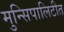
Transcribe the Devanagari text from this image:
मुन्सिपालिटीत